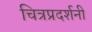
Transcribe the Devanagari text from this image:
चित्रप्रदर्शनी